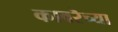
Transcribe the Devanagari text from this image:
कावरॆच्या